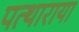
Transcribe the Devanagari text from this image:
पत्थाराया